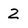
Character: 2